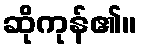
ဆိုကုန်၏။